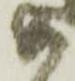
如